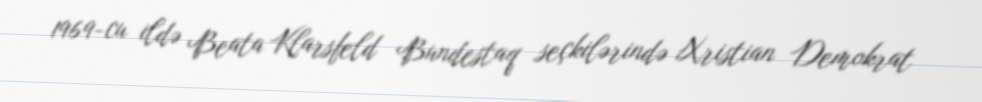
1969-cu ildə Beata Klarsfeld Bundestaq seçkilərində Xristian Demokrat